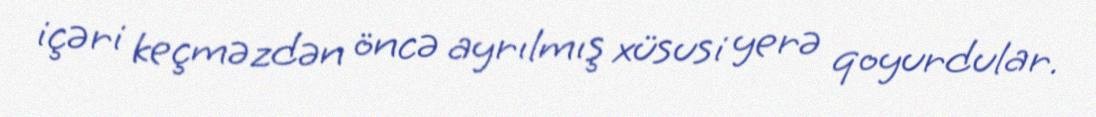
içəri keçməzdən öncə ayrılmış xüsusi yerə qoyurdular.